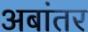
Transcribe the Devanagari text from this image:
अबांतर